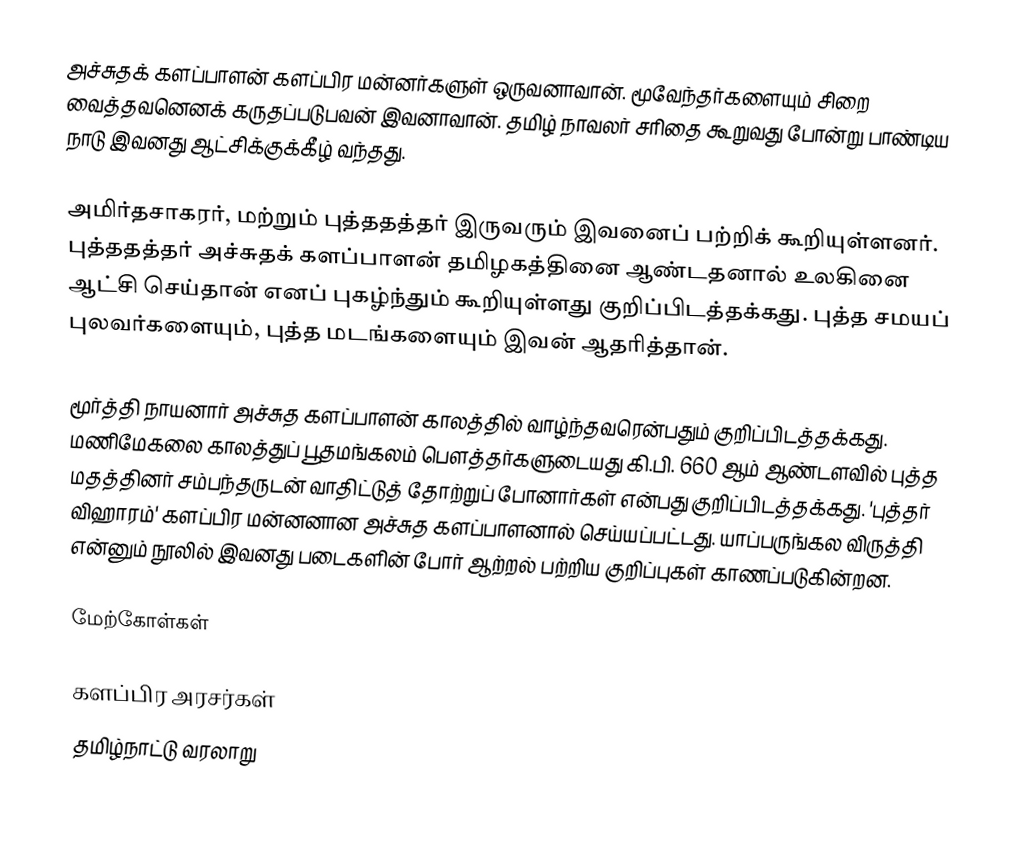
அச்சுதக் களப்பாளன் களப்பிர மன்னர்களுள் ஒருவனாவான். மூவேந்தர்களையும் சிறை வைத்தவனெனக் கருதப்படுபவன் இவனாவான். தமிழ் நாவலர் சரிதை கூறுவது போன்று பாண்டிய நாடு இவனது ஆட்சிக்குக்கீழ் வந்தது.

அமிர்தசாகரர், மற்றும் புத்ததத்தர் இருவரும் இவனைப் பற்றிக் கூறியுள்ளனர். புத்ததத்தர் அச்சுதக் களப்பாளன் தமிழகத்தினை ஆண்டதனால் உலகினை ஆட்சி செய்தான் எனப் புகழ்ந்தும் கூறியுள்ளது குறிப்பிடத்தக்கது. புத்த சமயப் புலவர்களையும், புத்த மடங்களையும் இவன் ஆதரித்தான்.

மூர்த்தி நாயனார் அச்சுத களப்பாளன் காலத்தில் வாழ்ந்தவரென்பதும் குறிப்பிடத்தக்கது. மணிமேகலை காலத்துப் பூதமங்கலம் பௌத்தர்களுடையது கி.பி. 660 ஆம் ஆண்டளவில் புத்த மதத்தினர் சம்பந்தருடன் வாதிட்டுத் தோற்றுப் போனார்கள் என்பது குறிப்பிடத்தக்கது. 'புத்தர் விஹாரம்' களப்பிர மன்னனான அச்சுத களப்பாளனால் செய்யப்பட்டது. யாப்பருங்கல விருத்தி என்னும் நூலில் இவனது படைகளின் போர் ஆற்றல் பற்றிய குறிப்புகள் காணப்படுகின்றன.

மேற்கோள்கள்

களப்பிர அரசர்கள்
தமிழ்நாட்டு வரலாறு